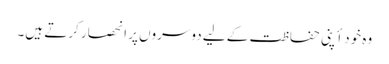
وہ خود أپنی حفاظت کے لیے دوسروں پر انحصار کرتے ہیں۔